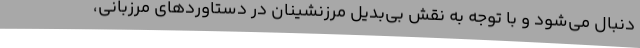
دنبال می‌شود و با توجه به نقش بی‌بدیل مرزنشینان در دستاوردهای مرزبانی،